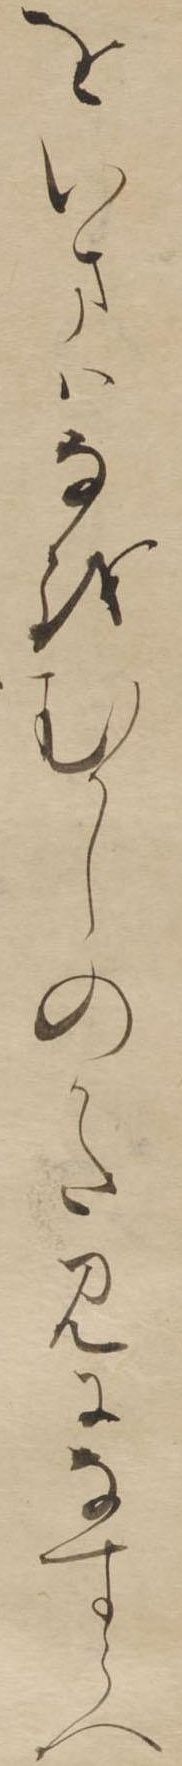
をいまはなをむかしのかたみになすらへ